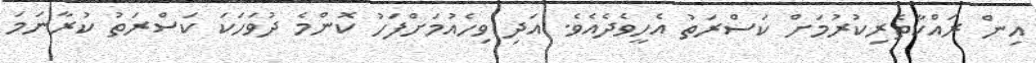
އިން ރައްކާތެރިކުރުމަށް ކަސްރަތު އެހީވެދެއެވެ. އަދި ވިހެއުމަށްފަހު ކޮންމެ ދުވަހަކަ ކަސްރަތު ކުރާނަމަ